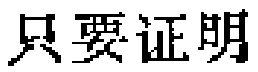
只要证明